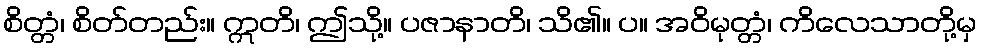
စိတ္တံ၊ စိတ်တည်း။ ဣတိ၊ ဤသို့။ ပဇာနာတိ၊ သိ၏။ ပ။ အဝိမုတ္တံ၊ ကိလေသာတို့မှ